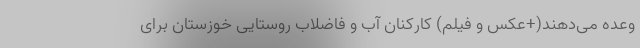
وعده می‌دهند(+عکس و فیلم) کارکنان آب و فاضلاب روستایی خوزستان برای